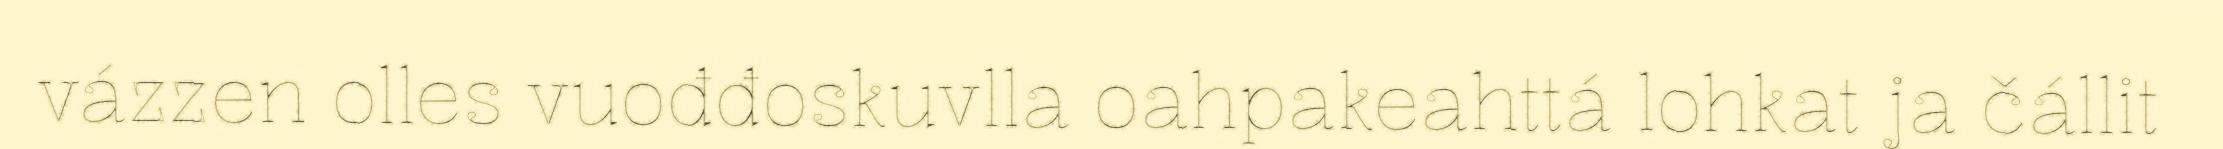
vázzen olles vuođđoskuvlla oahpakeahttá lohkat ja čállit